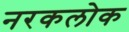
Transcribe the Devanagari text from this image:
नरकलोक